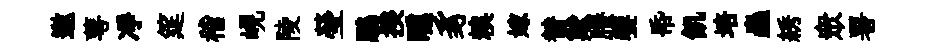
邀萼凈筵稽峴陵瑩鵬揆曛豸糗嫁賛欺賸饗帋飢培蟲綉衆署